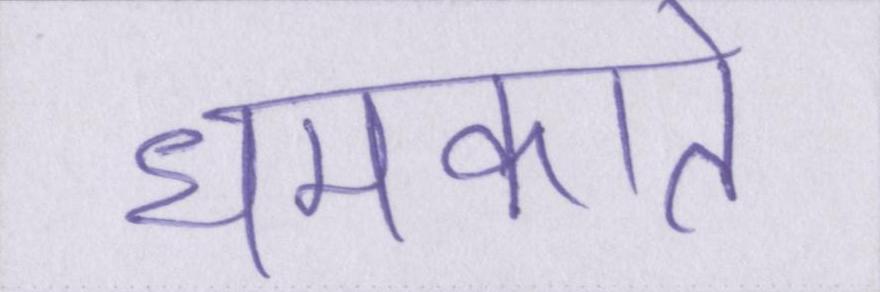
धमकाते